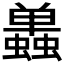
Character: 𬠷